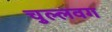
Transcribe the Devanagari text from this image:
चुल्लवग